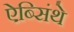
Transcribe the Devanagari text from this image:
ऐब्सिंथे